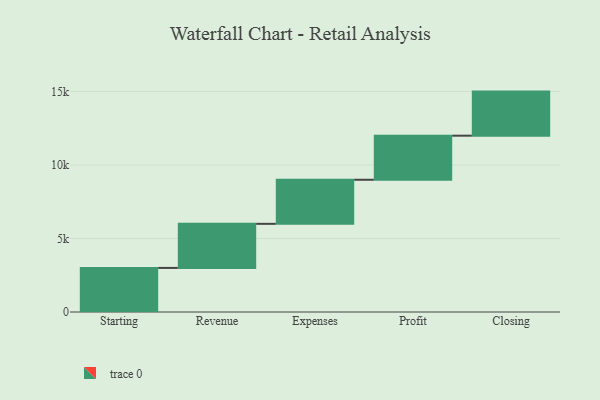
{"axis": {"x": "Step", "y": "Value"}, "legend": [""], "data": [{"x": "Starting", "y": 3000, "type": ""}, {"x": "Revenue", "y": 3000, "type": ""}, {"x": "Expenses", "y": 3000, "type": ""}, {"x": "Profit", "y": 3000, "type": ""}, {"x": "Closing", "y": 3000, "type": ""}]}